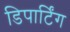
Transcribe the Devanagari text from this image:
डिपार्टिंग